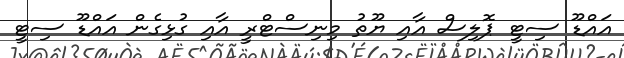
އައްޑޫ ސިޓީ ޕޮލިސް އާއި ޔޫތު މިނިސްޓްރީ އާއި ގުޅިގެން އައްޑޫ ސިޓީ